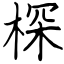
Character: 棎